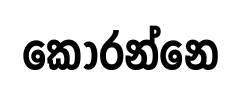
කොරන්නෙ